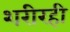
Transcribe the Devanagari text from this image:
शरीरही